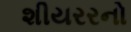
શીયરરનો